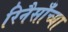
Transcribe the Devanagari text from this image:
रिनैसाँच्या